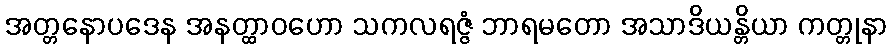
အတ္တနောပဒေန အနတ္ထာဝဟော သကလရဇ္ဇံ ဘာရမတော အသာဒိယန္တိယာ ကတ္တုနာ